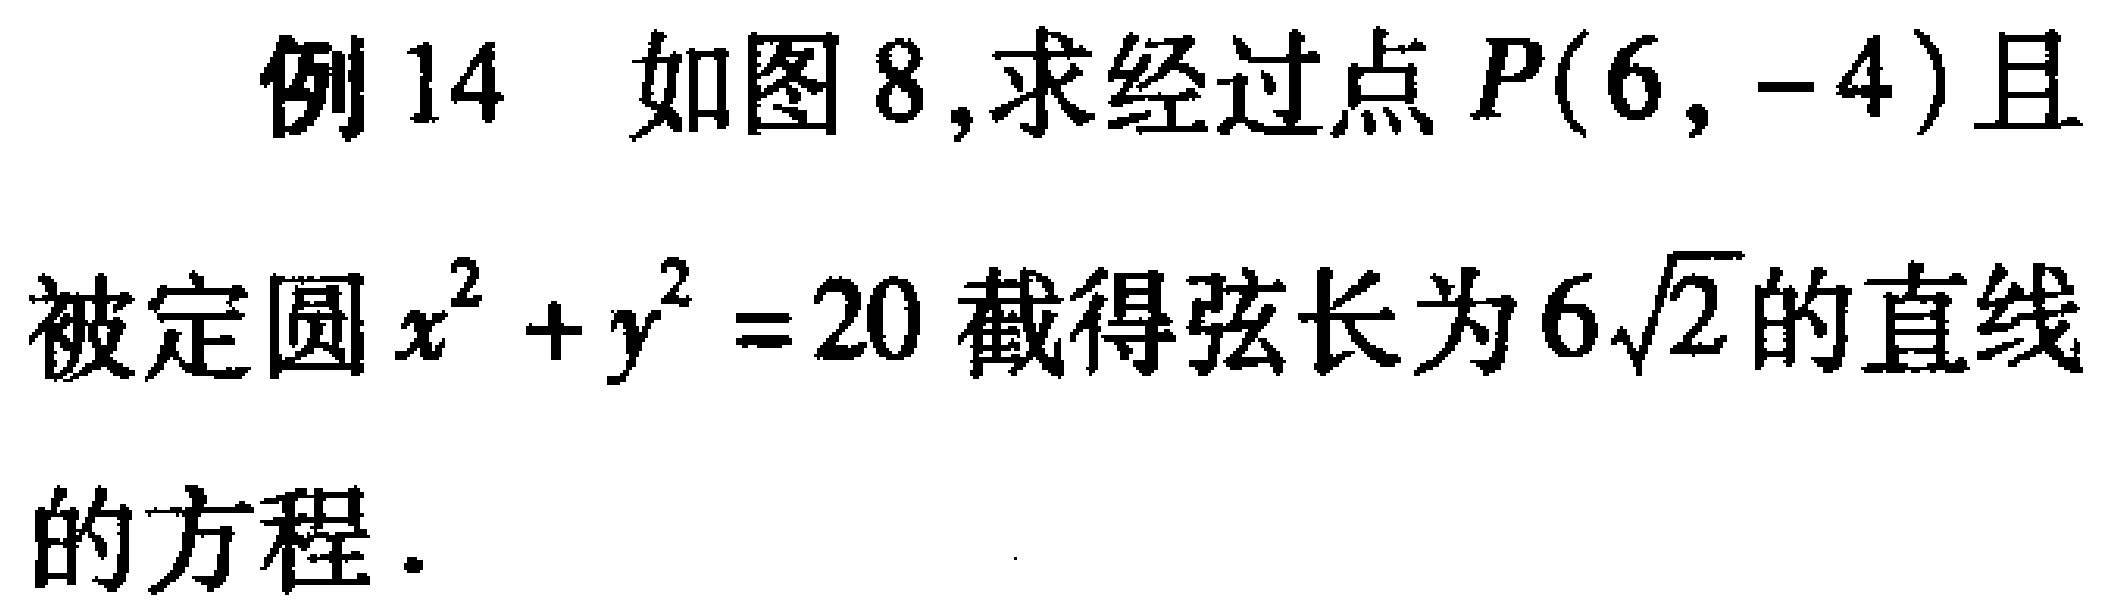
例14 如图8,求经过点\(P(6, -4)\)且被定圆\(x^{2}+y^{2}=20\)截得弦长为\(6\sqrt{2}\)的直线的方程.